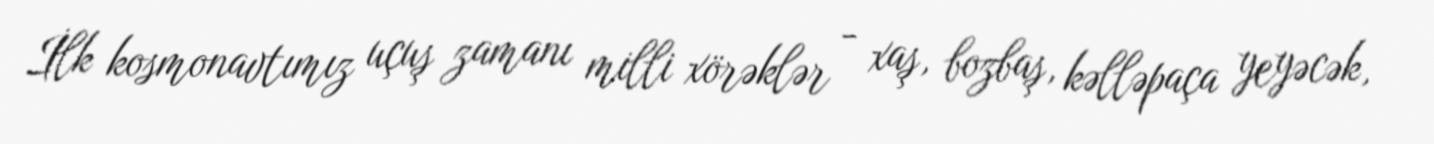
İlk kosmonavtımız uçuş zamanı milli xörəklər - xaş, bozbaş, kəlləpaça yeyəcək,